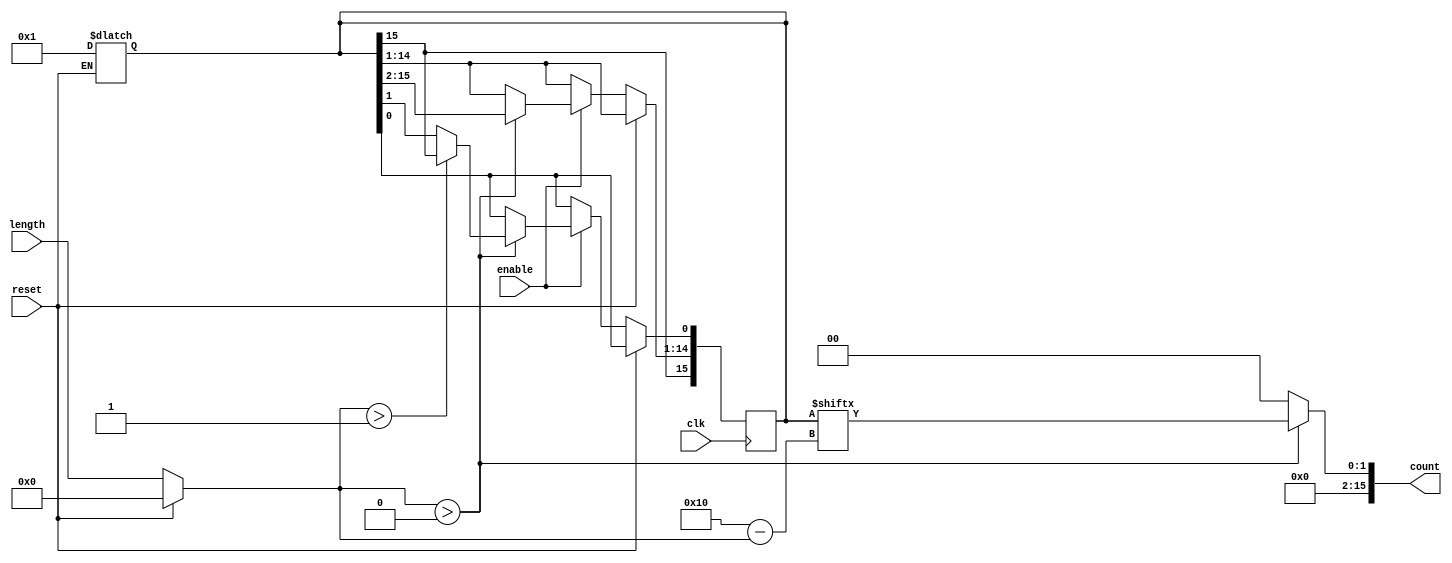
module variable_length_ring_counter #(
    parameter MAX_LENGTH = 16  // Maximum length of the ring counter
)(
    input wire clk,             // Clock signal
    input wire reset,           // Asynchronous reset signal
    input wire [3:0] length,    // Length input (max 16)
    input wire enable,          // Enable signal
    output reg [MAX_LENGTH-1:0] count // Output count state
);

    reg [MAX_LENGTH-1:0] state; // Current state of the ring counter
    reg [3:0] current_length;    // Current length of the ring counter

    // Asynchronous reset and state initialization
    always @(*) begin
        if (reset) begin
            state = {MAX_LENGTH{1'b0}}; // Clear the state
            state[0] = 1'b1;             // Initialize LSB to 1
            current_length = 0;          // Reset current length
        end else begin
            current_length = length;     // Set current length from input
        end
    end

    // State transition logic
    always @(posedge clk) begin
        if (reset) begin
            // Reset logic handled in the combinational block
        end else if (enable) begin
            if (current_length > 0) begin
                // Shift left and wrap around the LSB
                state <= {state[MAX_LENGTH-1], state[MAX_LENGTH-1:1]};
                // If current_length > 1, wrap the MSB to LSB
                if (current_length > 1) begin
                    state[0] <= state[MAX_LENGTH-1];
                end
            end
        end
    end

    // Output logic based on current length
    always @(*) begin
        if (current_length > 0) begin
            count = state[MAX_LENGTH-1:MAX_LENGTH-current_length]; // Output only relevant bits
        end else begin
            count = {MAX_LENGTH{1'b0}}; // If length is 0, output zero
        end
    end

endmodule